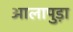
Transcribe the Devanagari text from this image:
आलापुड़ा